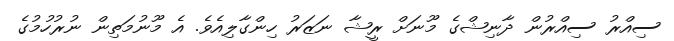
ސިއްރު ސިއްރުން ދާނިޝްގެ މޫނަށް ރީޝާ ނަޒަރު ހިންގާލިއެވެ. އެ މޫނުމަތިިން ނުރުހުމުގެ